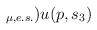
\begin{align*}_{\mu ,e.s.})u(p,s_{3})\end{align*}